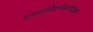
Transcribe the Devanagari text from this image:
परमनिरपेक्षवादियों